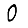
Digit: 0